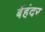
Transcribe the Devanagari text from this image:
बेंहंदर